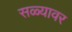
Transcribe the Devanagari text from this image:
सळ्यावर